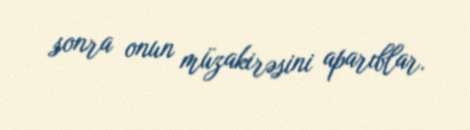
sonra onun müzakirəsini aparıblar.